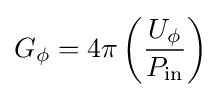
G_{\phi }=4\pi \left({\frac {U_{\phi }}{P_{\text{in}}}}\right)